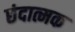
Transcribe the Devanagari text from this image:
छंदात्मक